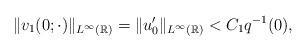
LaTeX: \begin{align*} \|v_1(0;\cdot)\|_{L^\infty(\mathbb{R})}=\|u_0^\prime\|_{L^\infty(\mathbb{R})}<C_1q^{-1}(0),\end{align*}